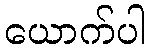
ယောက်ပါ